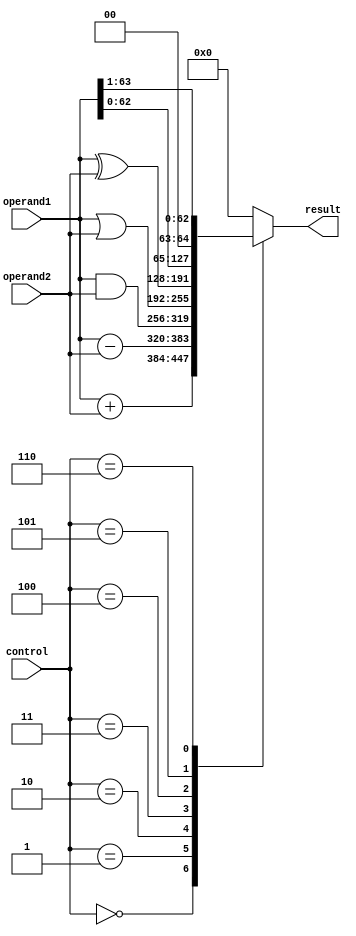
module ALU_64bit(
    input [63:0] operand1,
    input [63:0] operand2,
    input [2:0] control,
    output reg [63:0] result
);

always @(*)
begin
    case(control)
        3'b000: result = operand1 + operand2; // Addition
        3'b001: result = operand1 - operand2; // Subtraction
        3'b010: result = operand1 & operand2; // Bitwise AND
        3'b011: result = operand1 | operand2; // Bitwise OR
        3'b100: result = operand1 ^ operand2; // Bitwise XOR
        3'b101: result = operand1 << 1; // Left shift
        3'b110: result = operand1 >> 1; // Right shift
        default: result = 64'h0000000000000000; // Default value
    endcase
end

endmodule